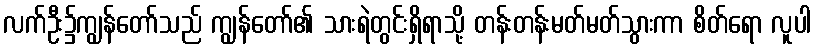
လက်ဦး၌ကျွန်တော်သည် ကျွန်တော်၏ သားရဲတွင်းရှိရာသို့ တန်းတန်းမတ်မတ်သွားကာ စိတ်ရော လူပါ